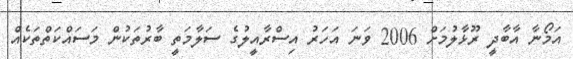
އަމޯނާ އާބާދީ ރޫޅާލުމަށް 2006 ވަނަ އަހަރު އިސްރާއީލުގެ ސަލާމަތީ ބާރުތަކުން މަސައްކަތްތަކެއް